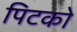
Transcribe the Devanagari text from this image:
पिटको